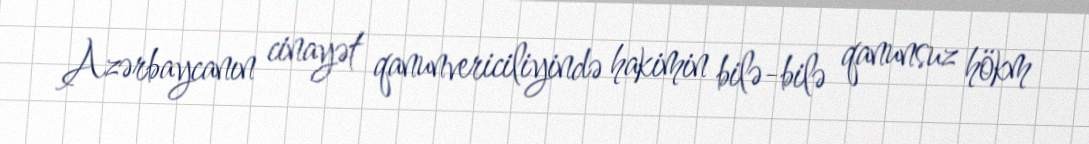
Azərbaycanın cinayət qanunvericiliyində hakimin bilə-bilə qanunsuz hökm